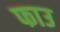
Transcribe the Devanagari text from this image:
फाउ